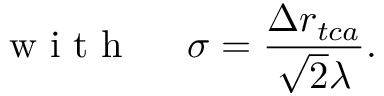
\mathrm { ~ w ~ i ~ t ~ h ~ \quad ~ } \sigma = \frac { \Delta r _ { t c a } } { \sqrt { 2 } \lambda } .